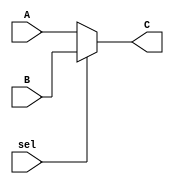
module mux(input [7:0] A, input [7:0] B, input sel, output reg [7:0] C);
    always @(*) begin
        if(!sel) begin
            C[7:0]<=A[7:0];
        end
        else begin
            C[7:0]<=B[7:0];
        end
    end
endmodule